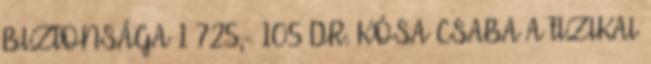
BIZTONSÁGA 1 725,- 105 DR. KÓSA CSABA A FIZIKAI